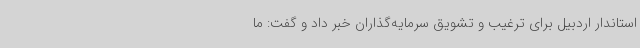
استاندار اردبیل برای ترغیب و تشویق سرمایه‌گذاران خبر داد و گفت: ما